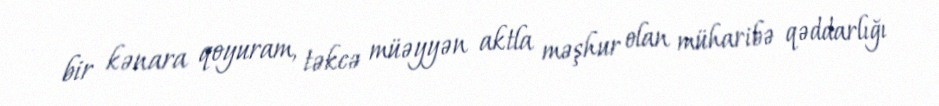
bir kənara qoyuram, təkcə müəyyən aktla məşhur olan müharibə qəddarlığı